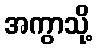
အကွာသို့